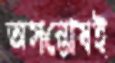
অসন্তোষই